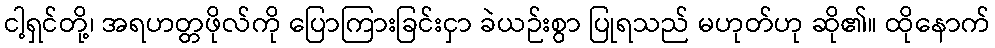
ငါ့ရှင်တို့၊ အရဟတ္တဖိုလ်ကို ပြောကြားခြင်းငှာ ခဲယဉ်းစွာ ပြုရသည် မဟုတ်ဟု ဆို၏။ ထိုနောက်